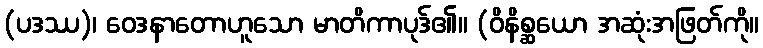
(ပဒဿ)၊ ဝေဒနာတောဟူသော မာတိကာပုဒ်၏။ (ဝိနိစ္ဆယော အဆုံးအဖြတ်ကို။